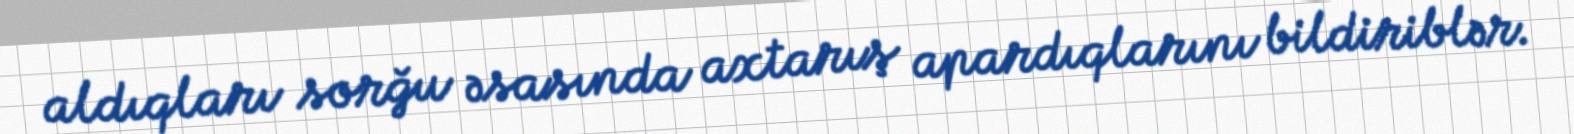
aldıqları sorğu əsasında axtarış apardıqlarını bildiriblər.